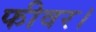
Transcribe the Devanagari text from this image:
फीवर।